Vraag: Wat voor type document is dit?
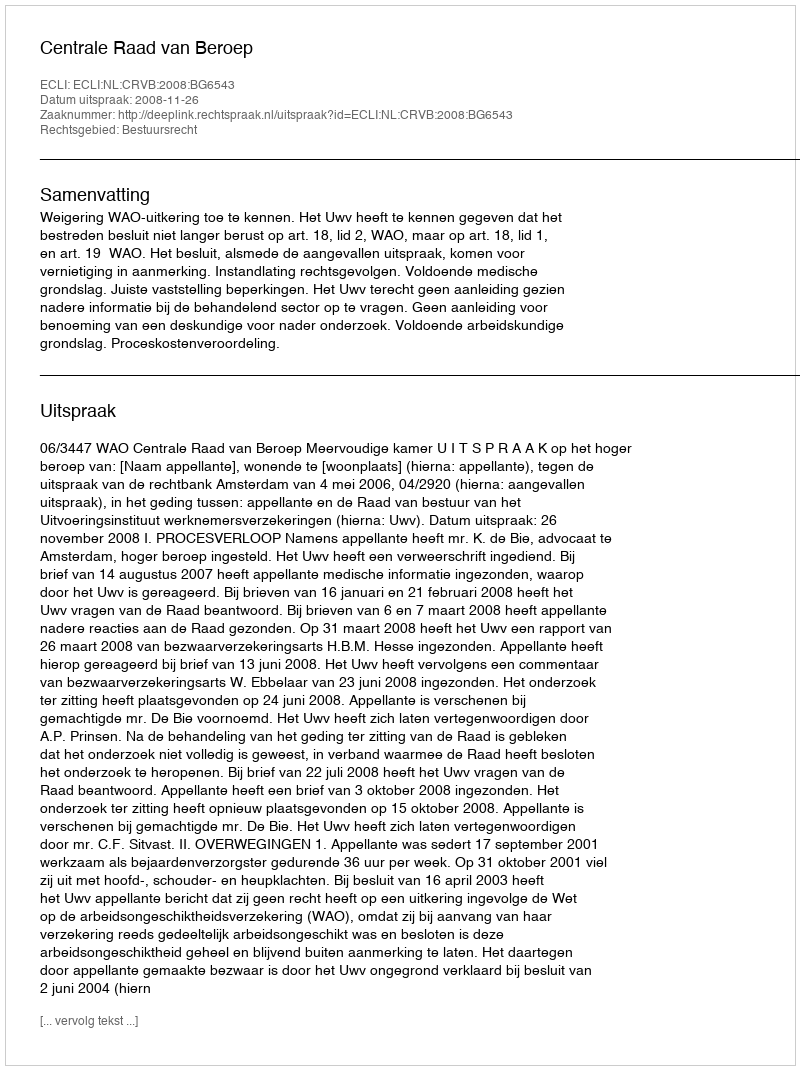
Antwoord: Uitspraak